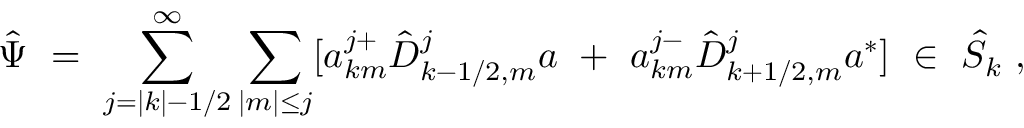
{ \hat { \Psi } } \ = \ \sum _ { j = | k | - 1 / 2 } ^ { \infty } \sum _ { | m | \le j } [ a _ { k m } ^ { j + } { \hat { D } } _ { k - 1 / 2 , m } ^ { j } a \ + \ a _ { k m } ^ { j - } { \hat { D } } _ { k + 1 / 2 , m } ^ { j } a ^ { * } ] \ \in \ { \hat { \cal S } } _ { k } \ ,